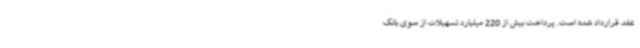
عقد قرارداد شده است. پرداخت بیش از 220 میلیارد تسهیلات از سوی بانک‌